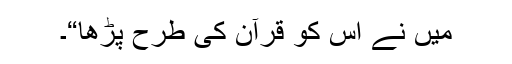
میں نے اس کو قرآن کی طرح پڑھا“۔